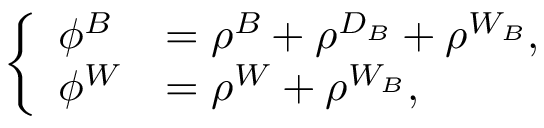
\left\{ \begin{array} { l l } { \phi ^ { B } } & { = \rho ^ { B } + \rho ^ { D _ { B } } + \rho ^ { W _ { B } } , } \\ { \phi ^ { W } } & { = \rho ^ { W } + \rho ^ { W _ { B } } , } \end{array} \right.